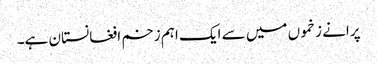
پرانے زخموں میں سے ایک اہم زخم افغانستان ہے۔